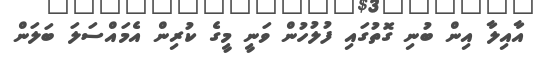
އާއިލާ އިން ބުނި ގޮތުގައި ފުލުހުން ވަނީ މީގެ ކުރިން އެމައްސަލަ ބަލަން